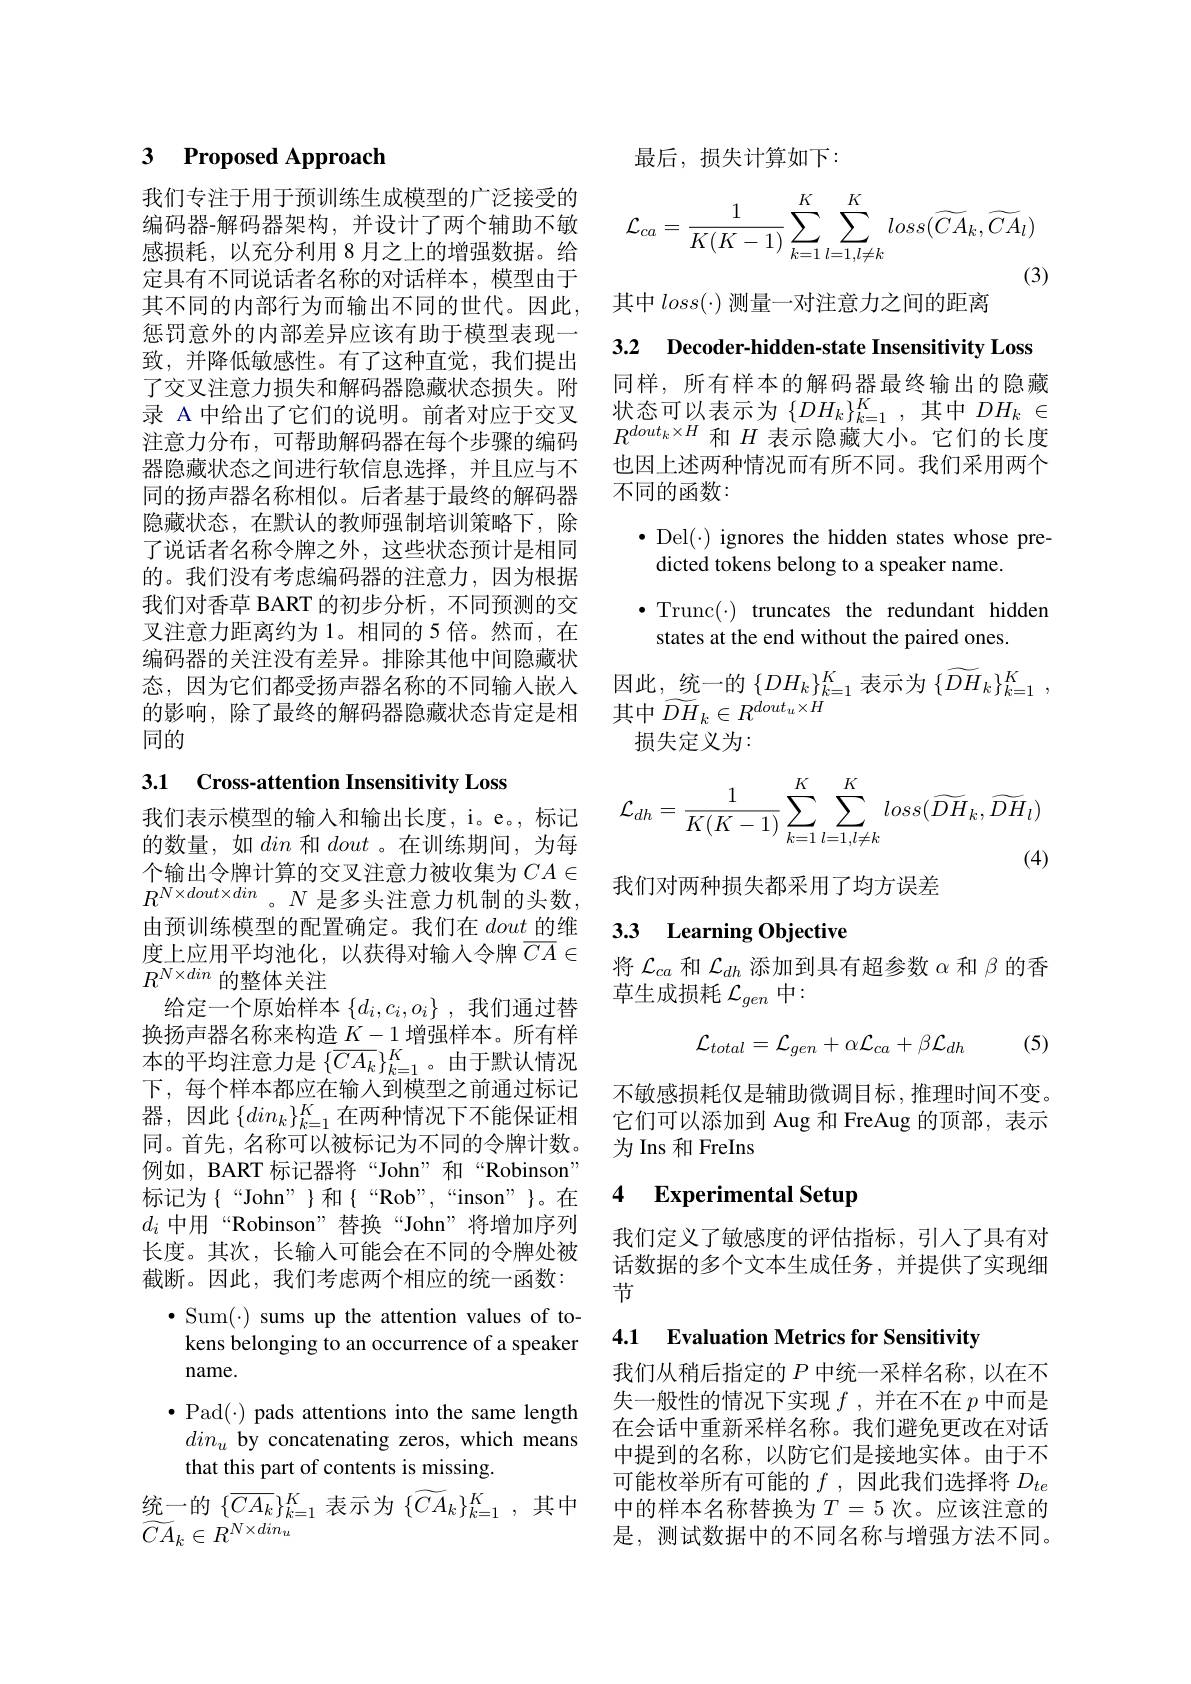
### 3 Proposed Approach

我们专注于用于预训练生成模型的广泛接受的编码器-解码器架构，并设计了两个辅助不敏感损耗，以充分利用 8 月之上的增强数据。给定具有不同说话者名称的对话样本，模型由于其不同的内部行为而输出不同的世代。因此， 惩罚意外的内部差异应该有助于模型表现一致，并降低敏感性。有了这种直觉，我们提出了交叉注意力损失和解码器隐藏状态损失。附录 A 中给出了它们的说明。前者对应于交叉注意力分布，可帮助解码器在每个步骤的编码器隐藏状态之间进行软信息选择，并且应与不同的扬声器名称相似。后者基于最终的解码器隐藏状态，在默认的教师强制培训策略下，除了说话者名称令牌之外，这些状态预计是相同的。我们没有考虑编码器的注意力，因为根据我们对香草 BART 的初步分析，不同预测的交叉注意力距离约为 1。相同的 5 倍。然而，在编码器的关注没有差异。排除其他中间隐藏状态，因为它们都受扬声器名称的不同输入嵌入的影响，除了最终的解码器隐藏状态肯定是相同的

### 3.1 Cross-attention Insensitivity Loss

我们表示模型的输入和输出长度，i。e。,标记的数量，如din和dout 。在训练期间，为每个输出令牌计算的交叉注意力被收集为$CA\in$ $R^{N\times dout\times din}$。$N$是多头注意力机制的头数， 由预训练模型的配置确定。我们在dout的维度上应用平均池化，以获得对输入令牌$\overline CA\in$ $R^{N\times din}$的整体关注
给定一个原始样本$\{d_i,c_i,o_i\}$ ,我们通过替换扬声器名称来构造$\underline K-1$增强样本。所有样本的平均注意力是$\{\overline{CA_k}\}_{k=1}^K$。由于默认情况下，每个样本都应在输入到模型之前通过标记器，因此$\{din_k\}_{k=1}^K$在两种情况下不能保证相同。首先，名称可以被标记为不同的令牌计数。例如，BART 标记器将“John”和“Robinson” $d_i$中用“Robinson”替换“John”将增加序列长度。其次，长输入可能会在不同的令牌处被截断。因此，我们考虑两个相应的统一函数： $\bullet$Sum(-) sums up the attention values of tokens belonging to an occurrence of a speaker name.
$\bullet$ Pad(·) pads attentions into the same length $din_u$ by concatenating zeros, which means that this part of contents is missing.
统一的$\{\overline{CA_k}\}_{k=1}^K$表示为$\{\widetilde CA_k\}_k=1^K$,其中
$\widetilde{CA}_{k}\in R^{N\times din_{u}}$

最后，损失计算如下：
$$\mathcal{L}_{ca}=\frac{1}{K(K-1)}\sum_{k=1}^{K}\sum_{l=1,l\neq k}^{K}loss(\widetilde{CA_{k}},\widetilde{CA_{l}})$$
其中$loss(\cdot)$测量一对注意力之间的距离

3.2 Decoder-hidden-state Insensitivity Loss

同样，所有样本的解码器最终输出的隐藏状态可以表示为$\left\{DH_k\right\}_{k=1}^K$,其中$DH_k\in$ $R^{dout_k\times H}$和$H$表示隐藏大小。它们的长度也因上述两种情况而有所不同。我们采用两个不同的函数：

$\bullet$ Del(\cdot) ignores the hidden states whose pre-
dicted tokens belong to a speaker name.

$\bullet$Trunc$(\cdot)$ truncates the redundant hidden
states at the end without the paired ones.

因此，统一的$\{DH_k\}_k=1^K$表示为$\{\widetilde DH_k\}_k=1^K$,
其中$\widetilde DH_k\in R^{dout_u\times H}$
损失定义为：
$$\mathcal{L}_{dh}=\frac{1}{K(K-1)}\sum_{k=1}^{K}\sum_{l=1,l\neq k}^{K}loss(\widetilde{DH}_{k},\widetilde{DH}_{l})$$
我们对两种损失都采用了均方误差

## 3.3 Learning Objective

将$\mathcal{L}_ca$和$\mathcal{L}_dh$添加到具有超参数$\alpha$和$\beta$的香
草生成损耗$\mathcal{L}_gen$中：

(5)
$$\mathcal{L}_{total}=\mathcal{L}_{gen}+\alpha\mathcal{L}_{ca}+\beta\mathcal{L}_{dh}$$
不敏感损耗仅是辅助微调目标，推理时间不变。它们可以添加到 Aug 和 FreAug 的顶部，表示为 Ins 和 FreIns

# 4 Experimental Setup

我们定义了敏感度的评估指标，引人了具有对话数据的多个文本生成任务，并提供了实现细节

4.1 Evaluation Metrics for Sensitivity

我们从稍后指定的$P$中统一采样名称，以在不失一般性的情况下实现$f$ ,并在不在$p$中而是在会话中重新采样名称。我们避免更改在对话中提到的名称，以防它们是接地实体。由于不可能枚举所有可能的$f$ ,因此我们选择将$D_te$ 中的样本名称替换为$T=5$ 次。应该注意的是，测试数据中的不同名称与增强方法不同。